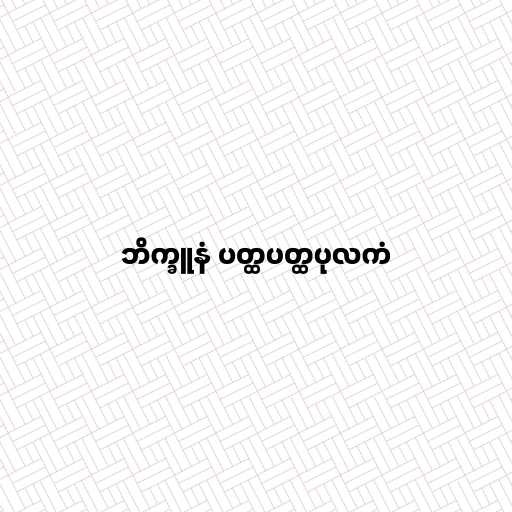
ဘိက္ခူနံ ပတ္ထပတ္ထပုလကံ